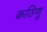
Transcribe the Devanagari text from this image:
कठिणु